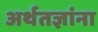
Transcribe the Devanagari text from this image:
अर्थतज्ञांना